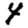
Digit: 4